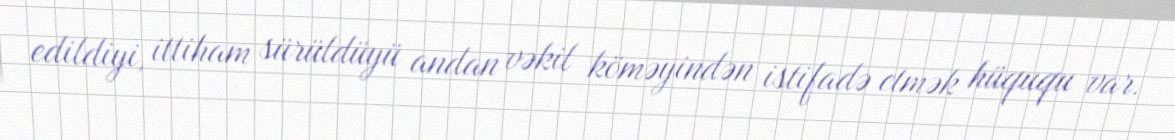
edildiyi, ittiham sürüldüyü andan vəkil köməyindən istifadə etmək hüququ var.